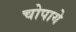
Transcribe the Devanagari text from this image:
चोपाये